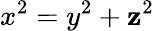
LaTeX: x^{2}=y^{2}+\mathbf{z}^{2}